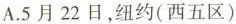
A.5月22日，纽约(西五区)